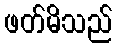
ဖတ်မိသည်